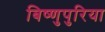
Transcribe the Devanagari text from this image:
बिष्णुपुरिया